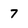
Character: 7